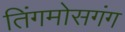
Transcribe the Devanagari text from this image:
तिंगमोसगंग